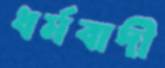
ধর্মবাদী